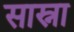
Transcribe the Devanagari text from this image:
सास्ना